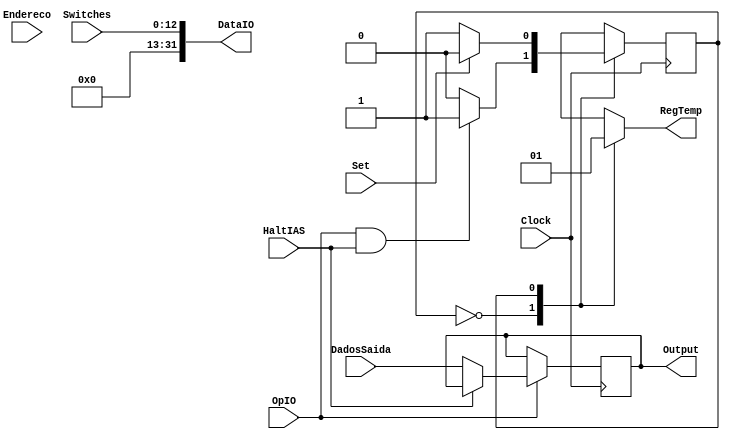
module ModuloIO(Clock,Switches,Set,HaltIAS,OpIO,Endereco,DadosSaida,Output,RegTemp,DataIO);
	input OpIO,HaltIAS,Set,Clock;
	input [31:0] Endereco,DadosSaida;
	input [12:0] Switches;
	
	// Data for Output
	output wire [31:0] DataIO;
	output reg [31:0] Output;
	
	// State Machine for IO
	output reg RegTemp;
	parameter  A=1'b0, B=1'b1;
	reg current_state, next_state;
	wire Input;
	//wire SetDebounce;
	
	assign DataIO = {{19{1'B0}},Switches};
	assign Input = OpIO && HaltIAS;

	always@(posedge Clock)
	begin
		if(OpIO == 1'B1)
		begin
			if(HaltIAS == 1'B0)
			begin
				Output <= DadosSaida;
			end
		end
	end

	/*always@(negedge Clock)
	begin
	
		if( Input ) // Eh IO e quero Halt
		begin
			
			if(~RegTemp)
			begin
				RegTemp = 1'B1;
			end
			
			if(~Set)
			begin
				RegTemp = 1'B0;
			end
		
		end
		
	end*/

	always @(negedge Clock)
	begin
		current_state <= next_state;
	end 

	
	always @(current_state,Input,Set)
	begin
	
	 case(current_state)
		 A:
		 begin
		  if(Input)
				next_state <= B;
		  else
				next_state <= A;
		 end
		 
		 B:
		 begin
		  if(Set)
			next_state <= A;
		  else
			next_state <= B;
		 end
		 
	 endcase
	 
	end

	always @(current_state)
	begin 
	 case(current_state) 
		 A:  RegTemp <= 0;
		 B:  RegTemp <= 1;
	 endcase
	end
	
	
endmodule